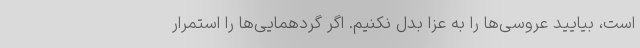
است، بیایید عروسی‌ها را به عزا بدل نکنیم. اگر گردهمایی‌ها را استمرار